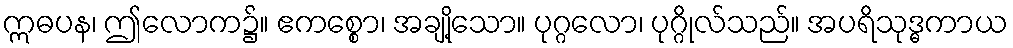
ဣဓပန၊ ဤလောက၌။ ဧကစ္စော၊ အချို့သော။ ပုဂ္ဂလော၊ ပုဂ္ဂိုလ်သည်။ အပရိသုဒ္ဓကာယ